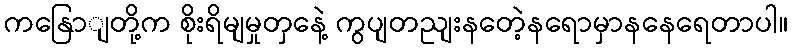
ကနြောျတို့က စိုးရိမျမှုတှနေဲ့ ကွပျတညျးနတေဲ့နရောမှာနနေရေတာပါ။